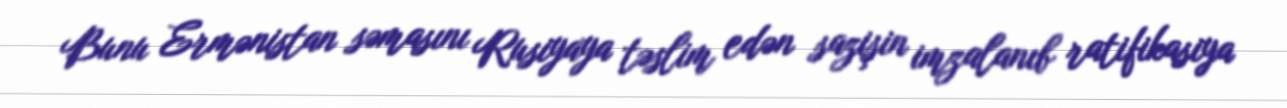
Bunu Ermənistan səmasını Rusiyaya təslim edən sazişin imzalanıb ratifikasiya